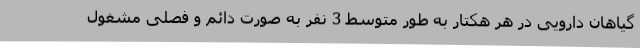
گیاهان دارویی در هر هکتار به طور متوسط 3 نفر به صورت دائم و فصلی مشغول